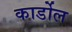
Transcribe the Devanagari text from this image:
कार्डोल